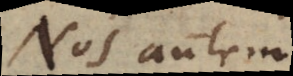
Nos autem